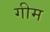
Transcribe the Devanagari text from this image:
गीम